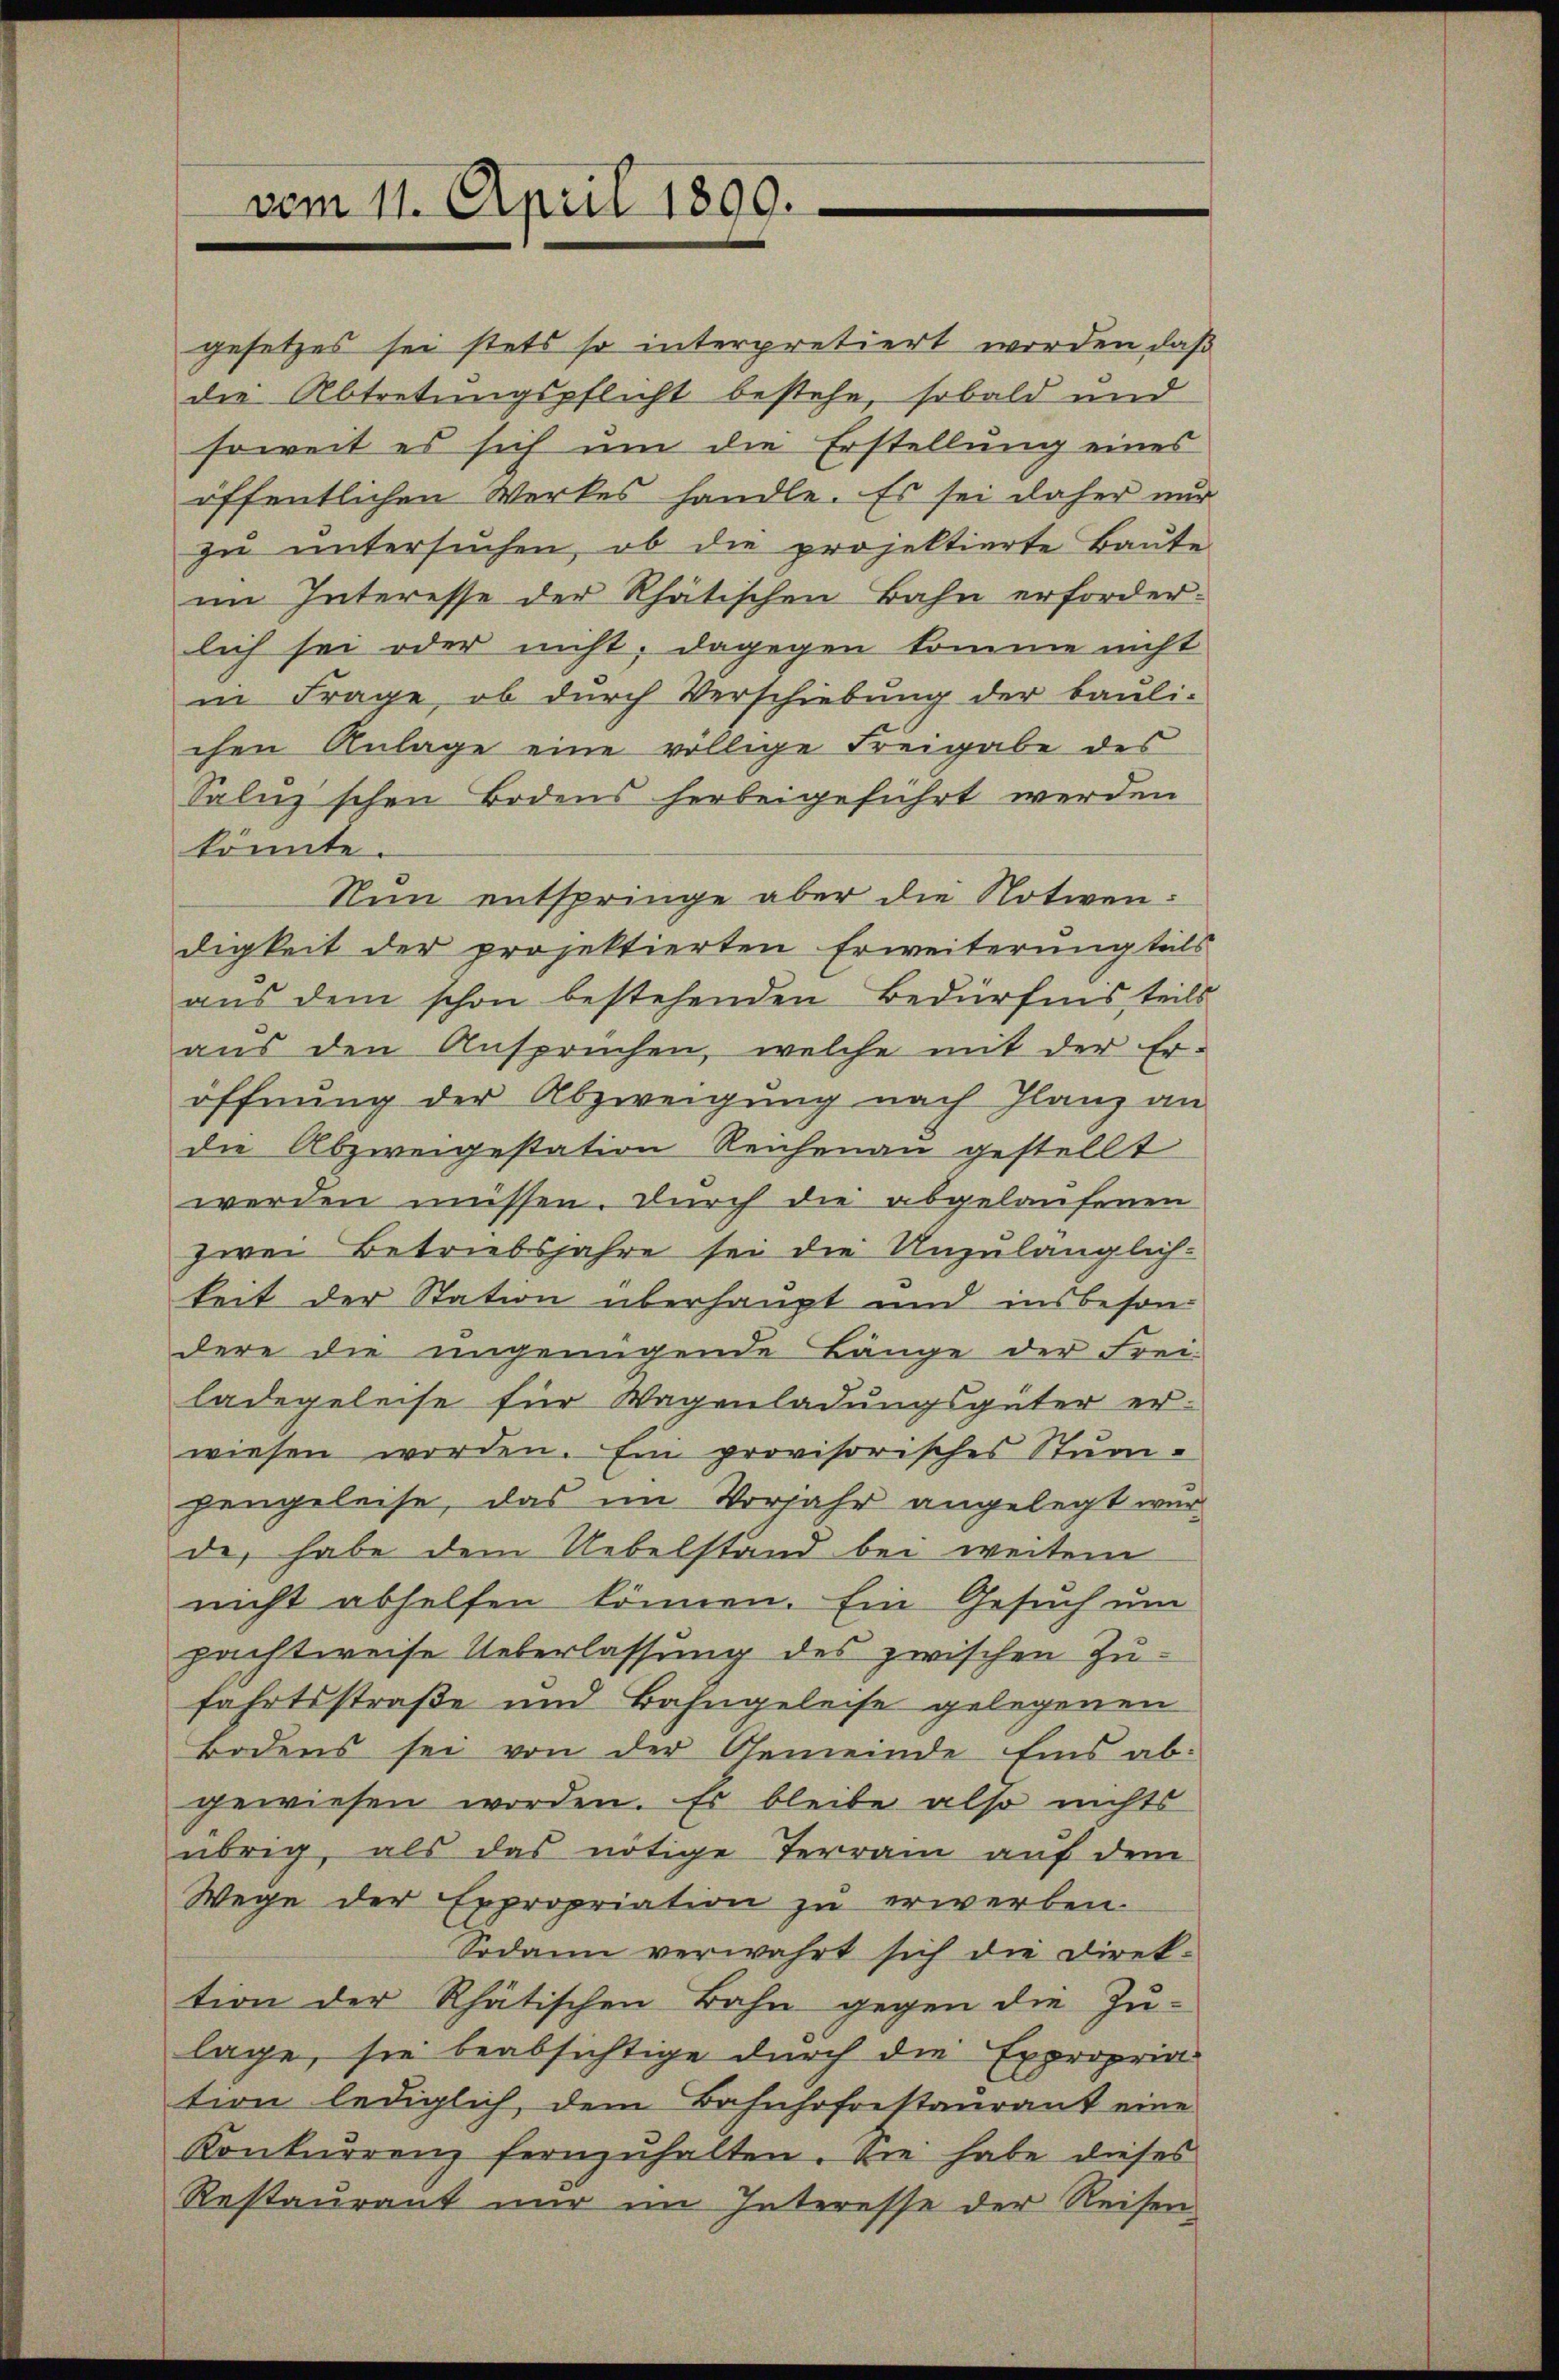
vom 11. April 1890.

gesetzes sei stets so interpretiert worden, daß
die Abtretungspflicht bestehe, sobald und
soweit es sich um die Erstellung eines
öffentlichen Werkes handle. Es sei daher nur
zu untersuchen, ob die projektierte Baute
im Interesse der Rhätischen Bahn erforderlich sei oder nicht, dagegen komme nicht
in Frage, ob durch Verschiebung der bauli-
chen Anlage eine völlige Freigabe des
Saluz'schen Bodens herbeigeführt werden
könnte.
Nun entspringe aber die Notwen:
digkeit der projektierten Erweiterung teils
aŭs dem schon bestehenden Bedürfnis teils
aus den Ansprüchen, welche mit der Er-
öffnung der Abzweigung nach Glanz an
die Abzweigestation Reichenau gestellt
werden müssen. Durch die abgelaufenen
zwei Betriebsjahre sei die Unzulänglich-
keit der Station überhaupt und insbesondere die ungenügende Länge der Frei-
ladegeleise für Wagenladungsgüter er-
wiesen worden. Ein provisorisches Stum-
hengeleise, das im Vorjahr angelegt wur
de, habe dem Uebelstand bei weitem
nicht abhelfen können. Ein Gesuch um
pachtweise Ueberlassung des zwischen Zufahrtsstraße und Bahngeleise gelegenen
Bodens sei von der Gemeinde Eins abgewiesen worden. Es bleibe also nichts
übrig, als das nötige Terrain auf dem
Wege der Expropriation zu erwerben.
Sodann verwahrt sich die Direk-
tion der Rhätischen Bahn gegen die Zu-
lage, sie beabsichtige durch die Expropria-
tion lediglich dem Bahnhofrestaurant eine
Konkurrenz fernzŭhalten. Sie habe dieses
Restaurant nur im Interesse der Reisen